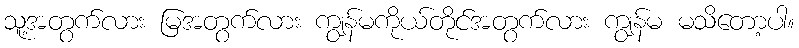
သူ့အတွက်လား မြအတွက်လား ကျွန်မကိုယ်တိုင်အတွက်လား ကျွန်မ မသိတော့ပါ။